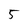
Character: 5